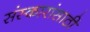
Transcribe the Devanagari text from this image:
संस्कारांसाठीं